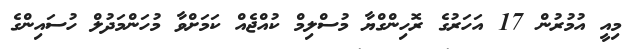
މިއީ އުމުރުން 17 އަހަރުގެ ރޮހިންގްޔާ މުސްލިމް ކުއްޖެއް ކަމަށްވާ މުހަންމަދުލް ހުސައިންގެ